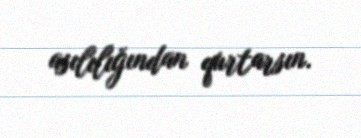
asılılığından qurtarsın.